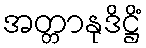
အတ္တာနုဒိဋ္ဌိံ